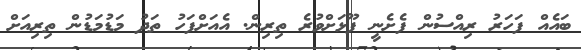
ބައެއް ފަހަރު ރިއްސުން ފެށެނީ ފޫޅަށްވުރެ ތިރިން. އެއަށްފަހު ތަދު މަޑުމަޑުން ތިރިއަށް